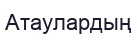
Атаулардың